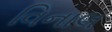
વિનાલ